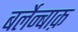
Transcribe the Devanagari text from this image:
बर्लेन्बाक़